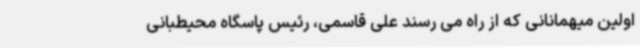
اولین میهمانانی که از راه می رسند علی قاسمی، رئیس پاسگاه محیطبانی